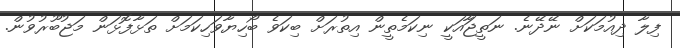
ފިލާ ދިއުމަކަށް ނޭދޭނެ. ނަތީޖާައަކީ ނިކަމެތީން އިތުރަށް ބިކަވެ ބޯހިޔާވަހިކަމަށް ތަޅާފޮޅަން މަޖުބޫރުވުން.